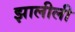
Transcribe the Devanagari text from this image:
झालीली